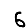
Digit: 6